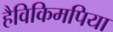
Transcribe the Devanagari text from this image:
हैविकिमपिया